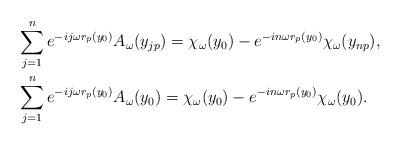
LaTeX: \begin{align*}& \sum_{j=1}^n e^{-ij\omega r_p(y_0)}A_\omega(y_{jp})=\chi_\omega(y_0)-e^{-in\omega r_p(y_0)}\chi_\omega(y_{np}), \\& \sum_{j=1}^n e^{-ij\omega r_p(y_0)}A_\omega(y_0) =\chi_\omega(y_0)-e^{-in\omega r_p(y_0)}\chi_\omega(y_0).\end{align*}